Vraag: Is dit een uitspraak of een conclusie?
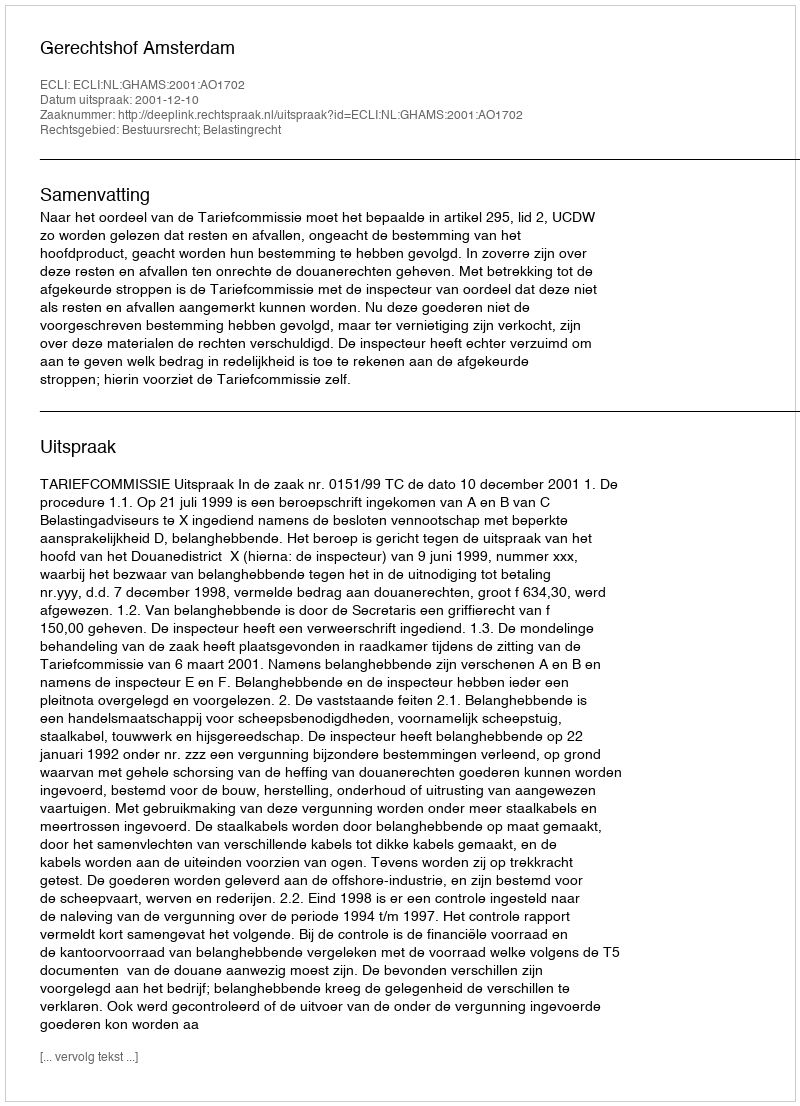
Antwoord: Uitspraak